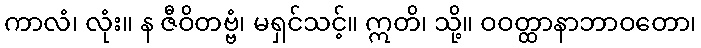
ကာလံ၊ လုံး။ န ဇီဝိတဗ္ဗံ၊ မရှင်သင့်။ ဣတိ၊ သို့။ ဝဝတ္ထာနာဘာဝတော၊